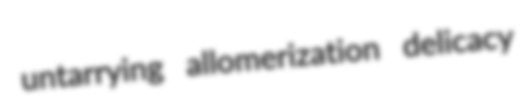
untarrying allomerization delicacy